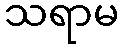
သရာမ